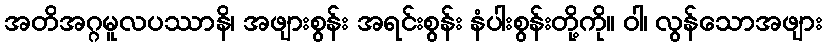
အတိအဂ္ဂမူလပဿာနိ၊ အဖျားစွန်း အရင်းစွန်း နံပါးစွန်းတို့ကို။ ဝါ၊ လွန်သောအဖျား